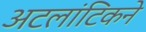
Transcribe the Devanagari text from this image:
अटलांटिकने